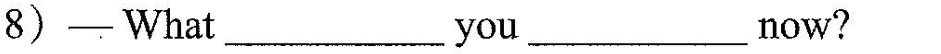
8) —What ___ you ___ now?